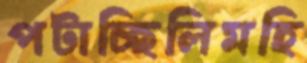
পটাচ্ছিলিমহি